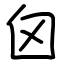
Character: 囟